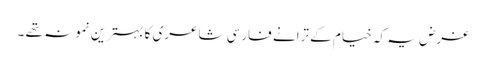
غرض یہ کہ خیام کے ترانے فارسی شاعری کا بہترین نمونہ تھے ۔